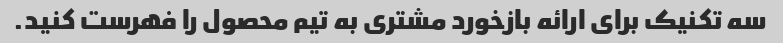
سه تکنیک برای ارائه بازخورد مشتری به تیم محصول را فهرست کنید.